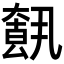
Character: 𡙺